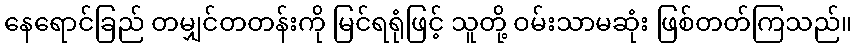
နေရောင်ခြည် တမျှင်တတန်းကို မြင်ရရုံဖြင့် သူတို့ ဝမ်းသာမဆုံး ဖြစ်တတ်ကြသည်။